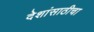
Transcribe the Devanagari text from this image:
देशांसाठीचा